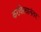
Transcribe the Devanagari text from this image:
करविल्यानंतर